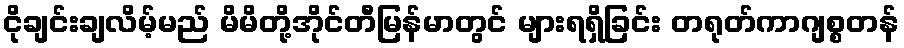
ငိုချင်းချလိမ့်မည် မိမိတို့အိုင်တီမြန်မာတွင် များရရှိခြင်း တရုတ်ကာဂျစ္စတန်